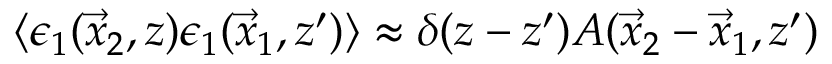
\langle \epsilon _ { 1 } ( \vec { x } _ { 2 } , z ) \epsilon _ { 1 } ( \vec { x } _ { 1 } , z ^ { \prime } ) \rangle \approx \delta ( z - z ^ { \prime } ) A ( \vec { x } _ { 2 } - \vec { x } _ { 1 } , z ^ { \prime } )